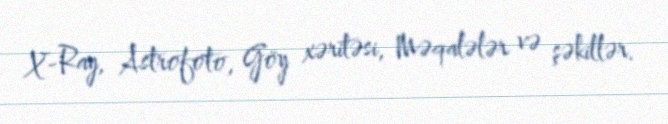
X-Ray, Astrofoto, Göy xəritəsi, Məqalələr və şəkillər.